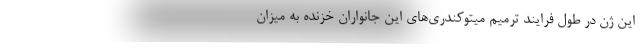
این ژن در طول فرایند ترمیم میتوکندری‌های این جانواران خزنده به میزان